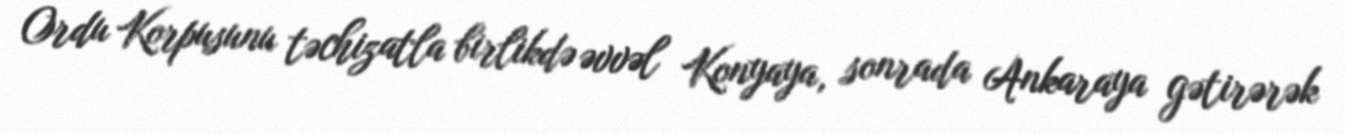
Ordu Korpusunu təchizatla birlikdə əvvəl Konyaya, sonrada Ankaraya gətirərək